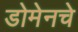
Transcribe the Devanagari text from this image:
डोमेनचे